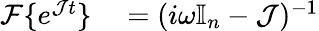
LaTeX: \begin{array}{rl}{\mathcal{F}\{ e^{\mathcal{J}t}\} }&{{}=(i\omega\mathbb{I}_{n}-\mathcal J)^{-1}}\end{array}